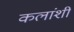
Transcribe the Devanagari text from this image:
कलांशी